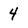
Character: 4